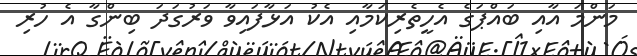
މަންމަ އާއި ބައްޕަގެ އެހީތެރިކަމާއި އެކު އަޅާފައިވާ ވަރުގަދަ ބިންގާ އެ ހުރި